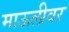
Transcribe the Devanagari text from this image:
माऊलीवर